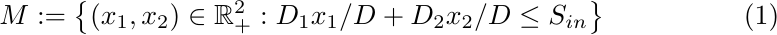
\begin{equation}                                   \label{SetM}
M := \left\{ (x_1,x_2) \in \mathbb{R}_+^2 : D_1x_1/D+D_2x_2/D \leq S_{in} \right\}
\end{equation}